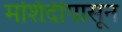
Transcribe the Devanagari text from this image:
मशिदीपासून